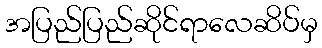
အပြည်ပြည်ဆိုင်ရာလေဆိပ်မှ